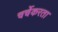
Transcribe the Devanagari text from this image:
चर्चेकरता